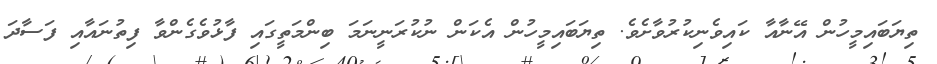
ތިޔަބައިމީހުން އޭނާއާ ކައިވެނިކުރުވާށެވެ. ތިޔަބައިމީހުން އެކަން ނުކުރަނީނަމަ ބިންމަތީގައި ފާޅުވެގެންވާ ފިތުނައާއި ފަސާދަ